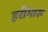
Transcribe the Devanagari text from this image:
हरीभारू